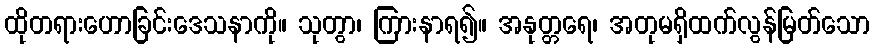
ထိုတရားဟောခြင်းဒေသနာကို။ သုတွာ၊ ကြားနာရ၍။ အနုတ္တရေ၊ အတုမရှိထက်လွန်မြတ်သော